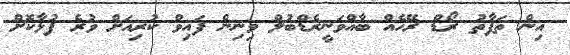
އިން ތަފާތު ރޯޑް ރޭހެއް ބާއްވަނީރެޑްބުލް ވިނިން ފައިވް ކުރިއަށް ވުރެ ފުޅާކޮށް